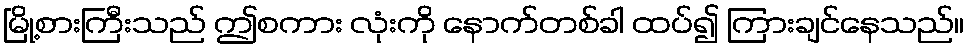
မြို့စားကြီးသည် ဤစကား လုံးကို နောက်တစ်ခါ ထပ်၍ ကြားချင်နေသည်။